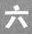
六